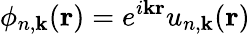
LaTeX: \phi_{n,\textbf{k}}(\textbf{r})=e^{i\textbf{k}\textbf{r}}u_{n,\textbf{k}}(\textbf{r})